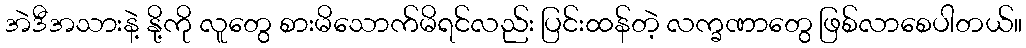
အဲဒီအသားနဲ့ နို့ကို လူတွေ စားမိသောက်မိရင်လည်း ပြင်းထန်တဲ့ လက္ခဏာတွေ ဖြစ်လာစေပါတယ်။